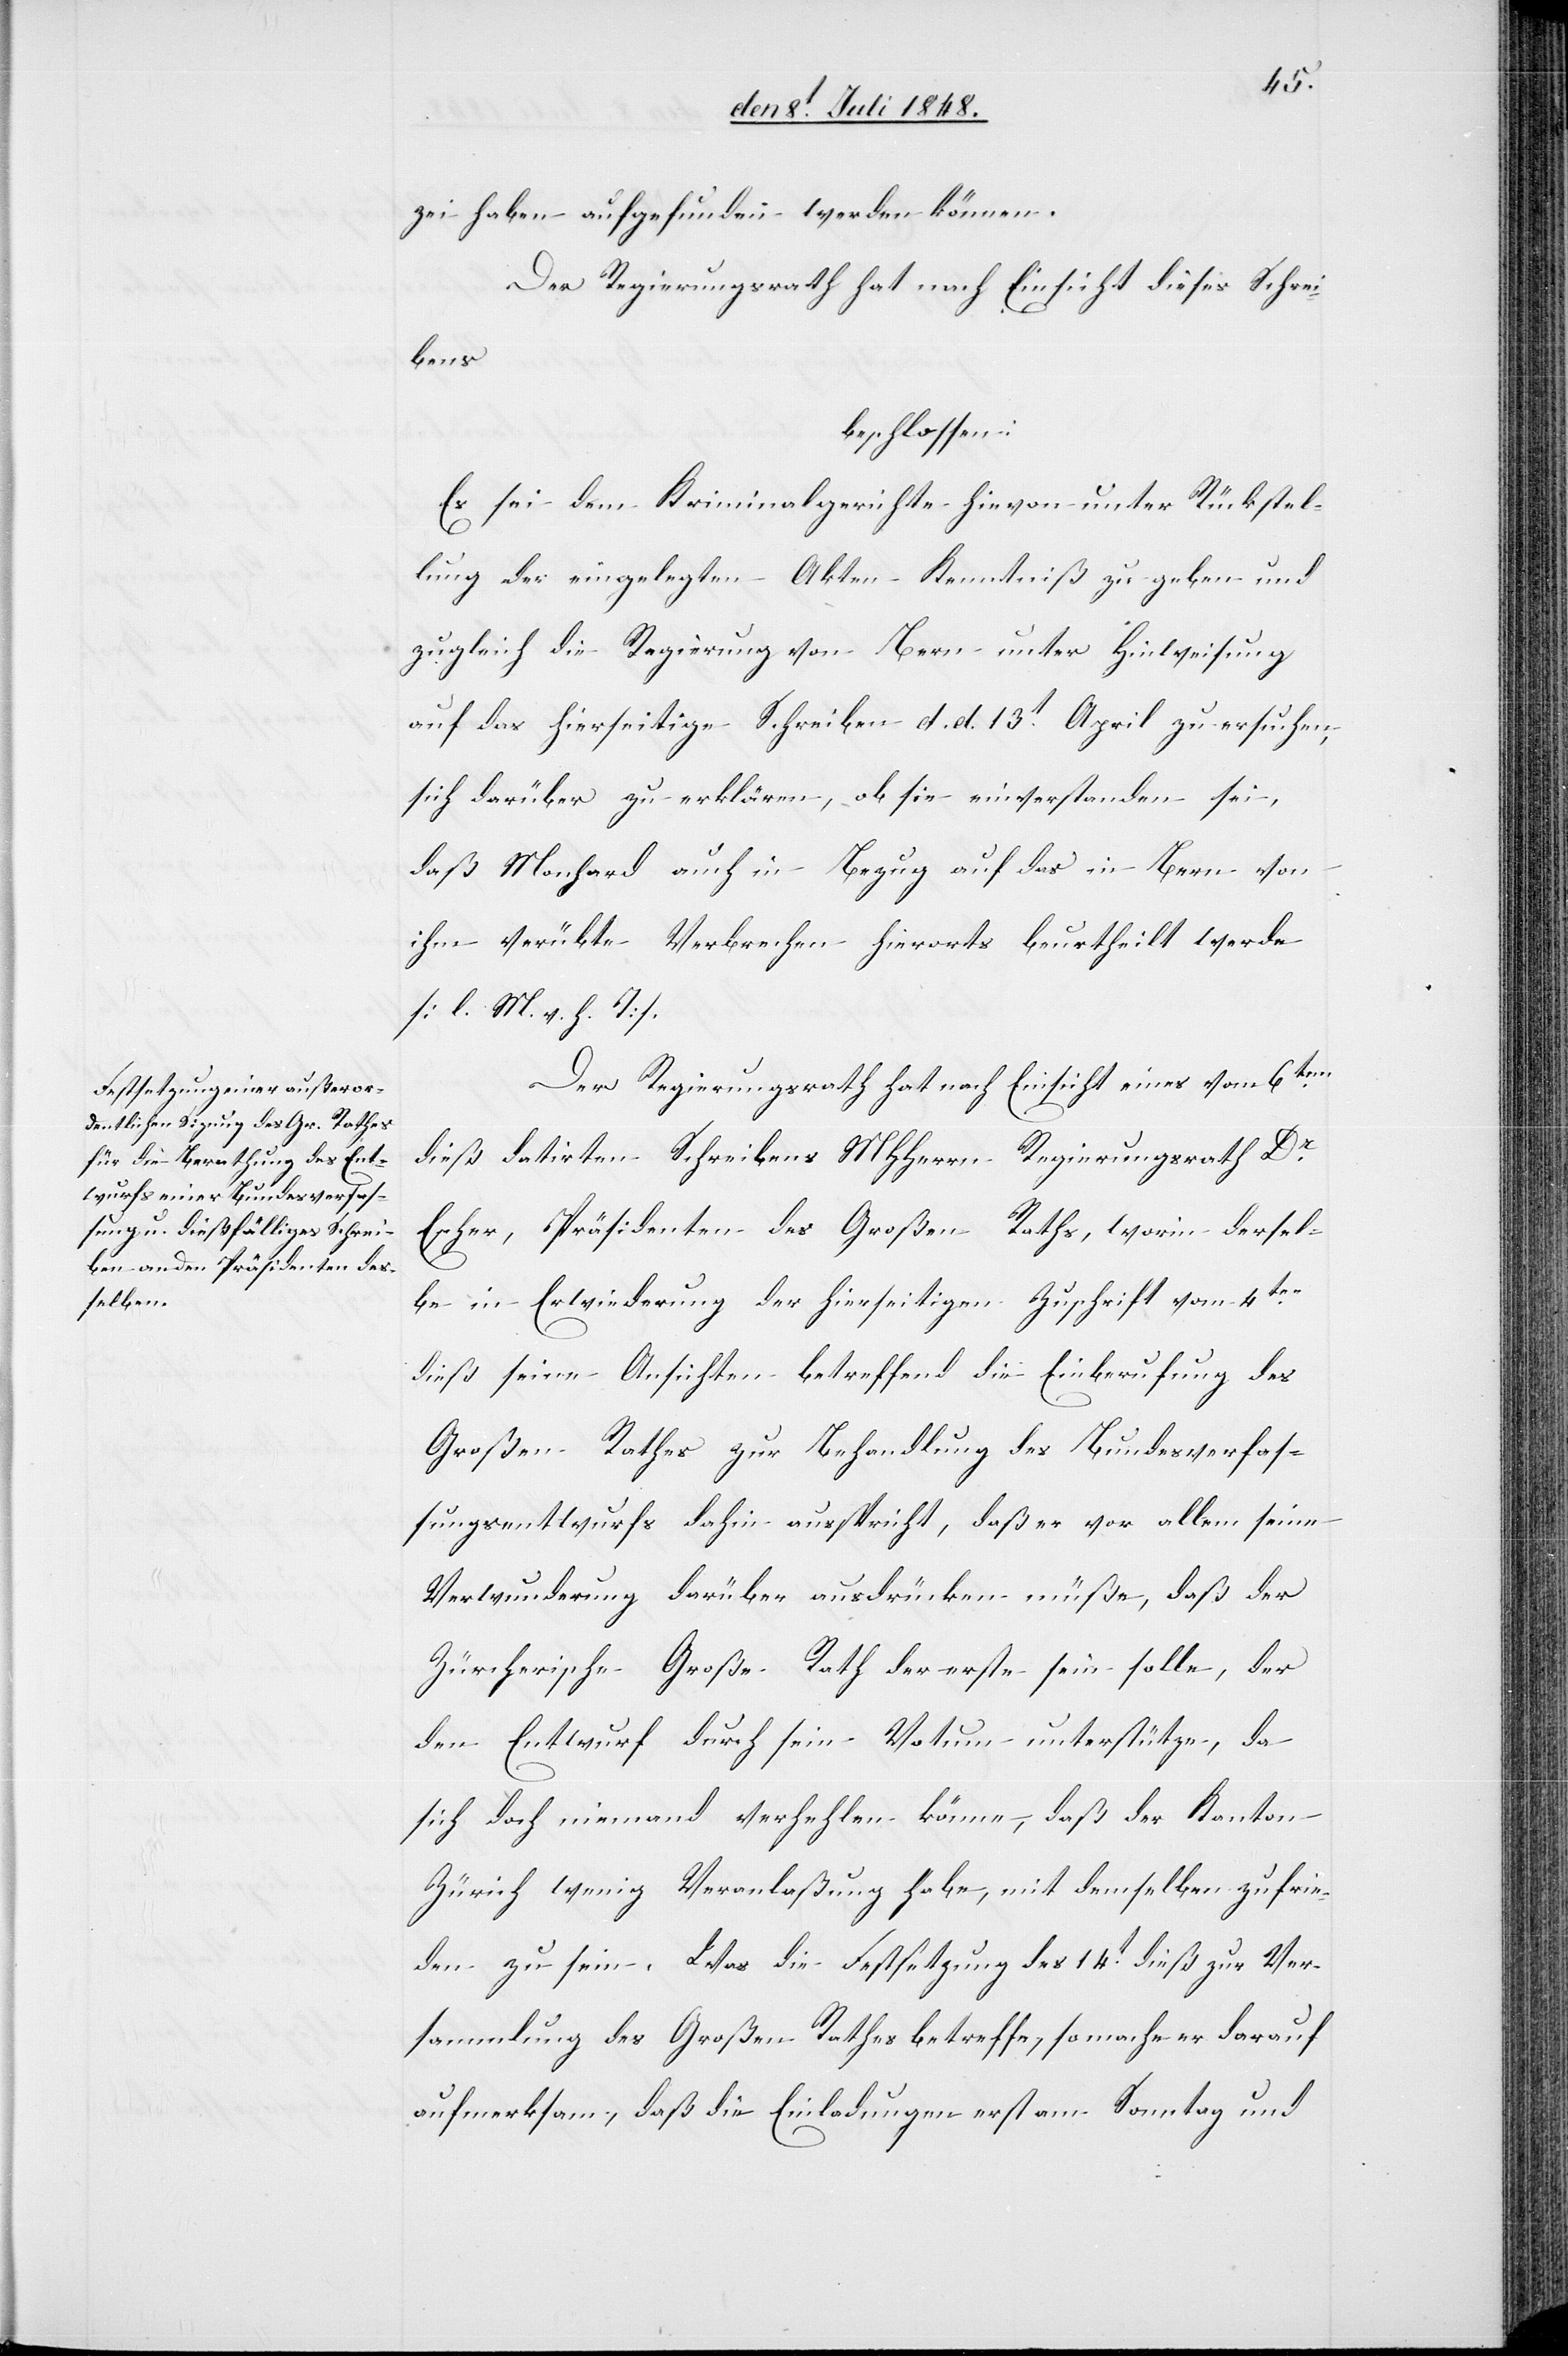
zei haben aufgefunden werden können.
Der Regierungsrath hat nach Einsicht dieses Schrei¬
bens
beschlossen:
Es sei dem Kriminalgericht hievon unter Rückstel¬
lung der eingelegten Akten Kenntniß zu geben und
zugleich die Regierung von Bern unter Hinweisung
auf das hierseitige Schreiben d. d. 13t April zu ersuchen,
sich darüber zu erklären, ob sie einverstanden sei,
daß Monhard auch in Bezug auf das in Bern von
ihm verübte Verbrechen hierorts beurtheilt werde.
[l. M. v. h. T]
Der Regierungsrath hat nach Einsicht eines vom 6ten
dieß datirten Schreibens MHHerrn Regierungsrath Dr
Escher, Präsidenten des Großen Rathes, worin dersel¬
be in Erwiederung der hierseitigen Zuschrift vom 4ten
dieß seine Ansichten betreffend die Einberufung des
Großen Rathes zur Behandlung des Bundesverfas¬
sungsentwurfs dahin ausspricht, daß er vor allem seine
Verwunderung darüber ausdrücken müße, daß der
Zürcherische Große Rath der erste sein solle, der
den Entwurf durch sein Votum unterstütze, da
sich doch niemand verhehlen könne, daß der Kanton
Zürich wenig Veranlaßung habe, mit demselben zufrie¬
den zu sein. Was die Festsetzung des 14t dieß zur Ver¬
sammlung des Großen Rathes betreffe, so mache er darauf
aufmerksam, daß die Einladungen erst am Sonntag und